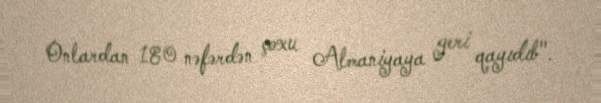
Onlardan 180 nəfərdən çoxu Almaniyaya geri qayıdıb".